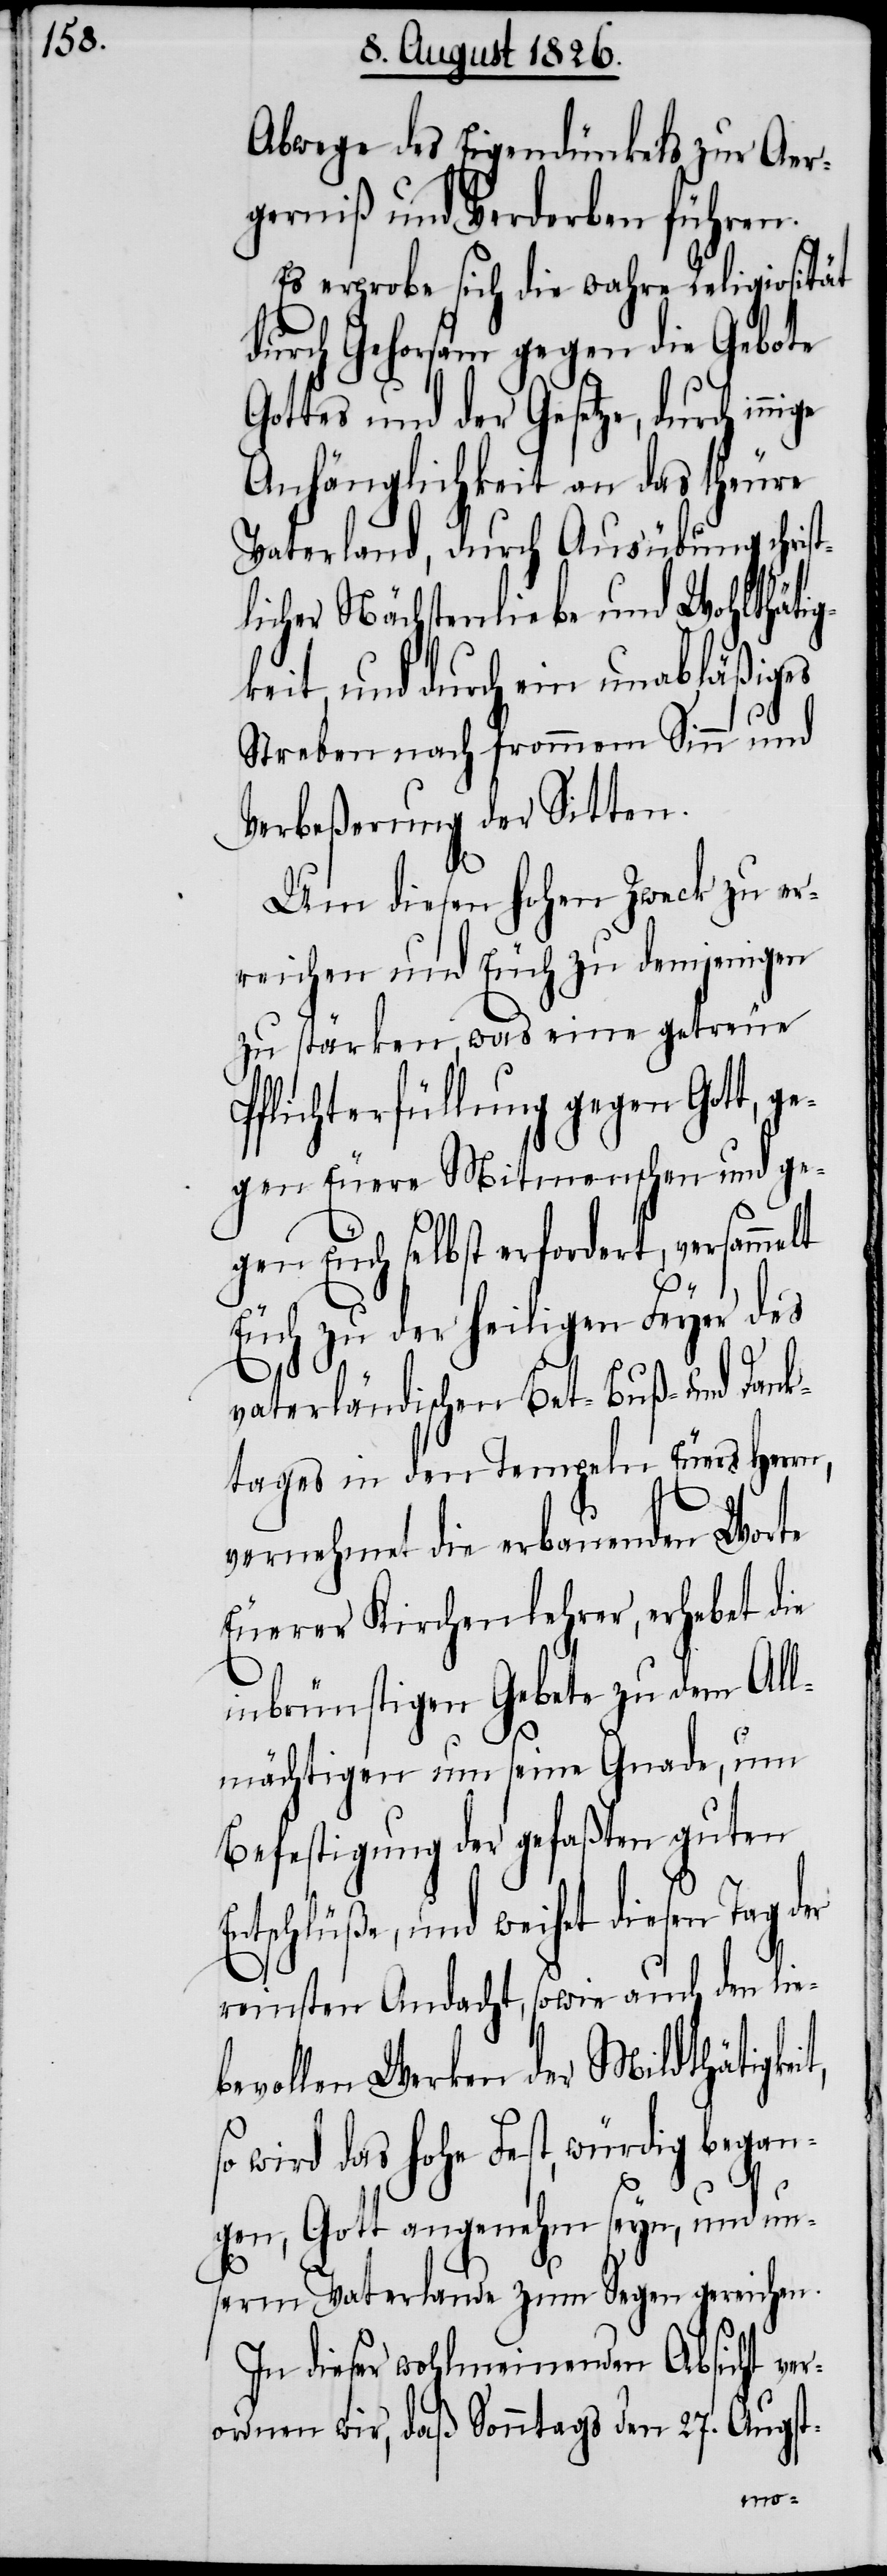
Abwege des Eigendünkels zur Aer¬
gerniß und Verderben führen.
Es erprobe sich die wahre Religiosität
durch Gehorsam gegen die Gebote
Gottes und der Gesetze, durch
Anhänglichkeit an das theure
Vaterland, durch Ausübung christ¬
licher Nächstenliebe und Wohlthäti¬
keit, und durch ein unabläßiges
Streben nach frommem Sinn und
Verbeßerung der Sitten.
Um diesen hohen Zweck zu er¬
reichen und Euch zu demjenigen
zu stärken, was eine getreue
Pflichterfüllung gegen Gott, g¬
egen Euere Mitmenschen und ge¬
gen Euch selbst erfordert, versammelt
Euch zu der heiligen Feyer des
it,
vaterländischen Bet-[,] Buß- und Dank¬
tages in den Tempeln Eures Herrn,
vernehmet die erbauenden Worte
Euerer Kirchenlehrer, erhebet die
inbrünstigen Gebete zu dem All¬
mächtigen um seine Gnade, um
Befestigung der gefaßten guten
schlüße, und weihet diesen Tag
reinsten Andacht, sowie auch den lie¬
bevollen Werken der Mildthätigke¬
so wird das hohe Fest, würdig began¬
gen, Gott angenehm seyn, und un¬
serm Vaterlande zum Segen gereichen.
In dieser wohlmeinenden Absicht ve¬
rordnen wir, daß Sonntags den 27. Augst-
Ent¬